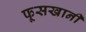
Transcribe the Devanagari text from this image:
फूसखानी